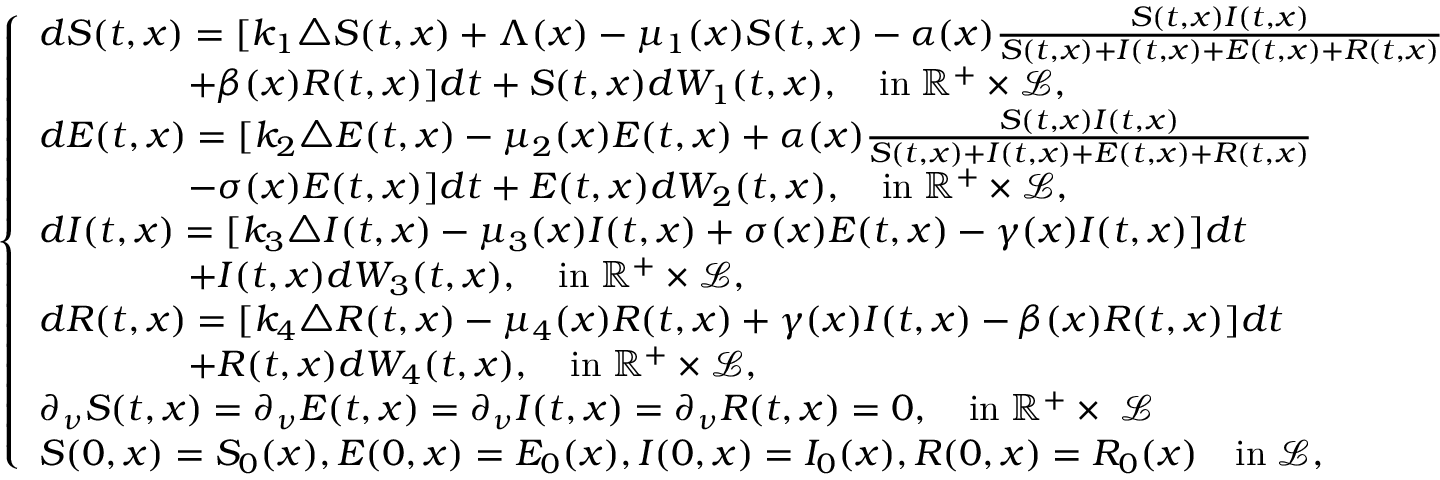
\left\{ \begin{array} { l l } { d S ( t , x ) = [ k _ { 1 } \triangle S ( t , x ) + \Lambda ( x ) - \mu _ { 1 } ( x ) S ( t , x ) - \alpha ( x ) \frac { S ( t , x ) I ( t , x ) } { S ( t , x ) + I ( t , x ) + E ( t , x ) + R ( t , x ) } } \\ { \quad \quad \quad \quad + \beta ( x ) R ( t , x ) ] d t + S ( t , x ) d W _ { 1 } ( t , x ) , \quad \mathrm { i n \; \mathbb { R ^ { + } } \times \mathcal { L } , } } \\ { d E ( t , x ) = [ k _ { 2 } \triangle E ( t , x ) - \mu _ { 2 } ( x ) E ( t , x ) + \alpha ( x ) \frac { S ( t , x ) I ( t , x ) } { S ( t , x ) + I ( t , x ) + E ( t , x ) + R ( t , x ) } } \\ { \quad \quad \quad \quad - \sigma ( x ) E ( t , x ) ] d t + E ( t , x ) d W _ { 2 } ( t , x ) , \quad \mathrm { i n \; \mathbb { R ^ { + } } \times \mathcal { L } , } } \\ { d I ( t , x ) = [ k _ { 3 } \triangle I ( t , x ) - \mu _ { 3 } ( x ) I ( t , x ) + \sigma ( x ) E ( t , x ) - \gamma ( x ) I ( t , x ) ] d t } \\ { \quad \quad \quad \quad + I ( t , x ) d W _ { 3 } ( t , x ) , \quad \mathrm { i n \; \mathbb { R ^ { + } } \times \mathcal { L } , } } \\ { d R ( t , x ) = [ k _ { 4 } \triangle R ( t , x ) - \mu _ { 4 } ( x ) R ( t , x ) + \gamma ( x ) I ( t , x ) - \beta ( x ) R ( t , x ) ] d t } \\ { \quad \quad \quad \quad + R ( t , x ) d W _ { 4 } ( t , x ) , \quad \mathrm { i n \; \mathbb { R ^ { + } } \times \mathcal { L } , } } \\ { \partial _ { \nu } S ( t , x ) = \partial _ { \nu } E ( t , x ) = \partial _ { \nu } I ( t , x ) = \partial _ { \nu } R ( t , x ) = 0 , \quad \mathrm { i n \; \mathbb { R ^ { + } } \times \partial \mathcal { L } } } \\ { S ( 0 , x ) = S _ { 0 } ( x ) , E ( 0 , x ) = E _ { 0 } ( x ) , I ( 0 , x ) = I _ { 0 } ( x ) , R ( 0 , x ) = R _ { 0 } ( x ) \quad \mathrm { i n \; \mathcal { L } , } } \end{array} \right.